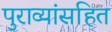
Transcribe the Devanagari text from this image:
पुराव्यांसहित